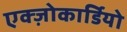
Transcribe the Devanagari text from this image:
एक्ज़ोकार्डियो